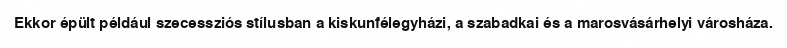
Ekkor épült például szecessziós stílusban a kiskunfélegyházi, a szabadkai és a marosvásárhelyi városháza.